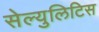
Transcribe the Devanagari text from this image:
सेल्युलिटिस